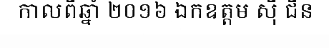
កាលពីឆ្នាំ ២០១៦ ឯកឧត្តម ស៊ី ជីន